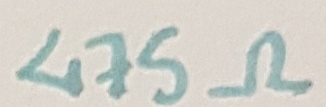
Text: 475Ω